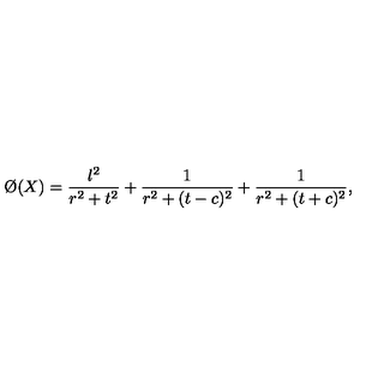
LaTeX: \O ( X ) = \frac { \l ^ { 2 } } { r ^ { 2 } + t ^ { 2 } } + \frac { 1 } { r ^ { 2 } + ( t - c ) ^ { 2 } } + \frac { 1 } { r ^ { 2 } + ( t + c ) ^ { 2 } } ,